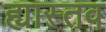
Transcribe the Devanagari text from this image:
ह्यास्तव